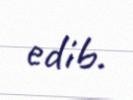
edib.